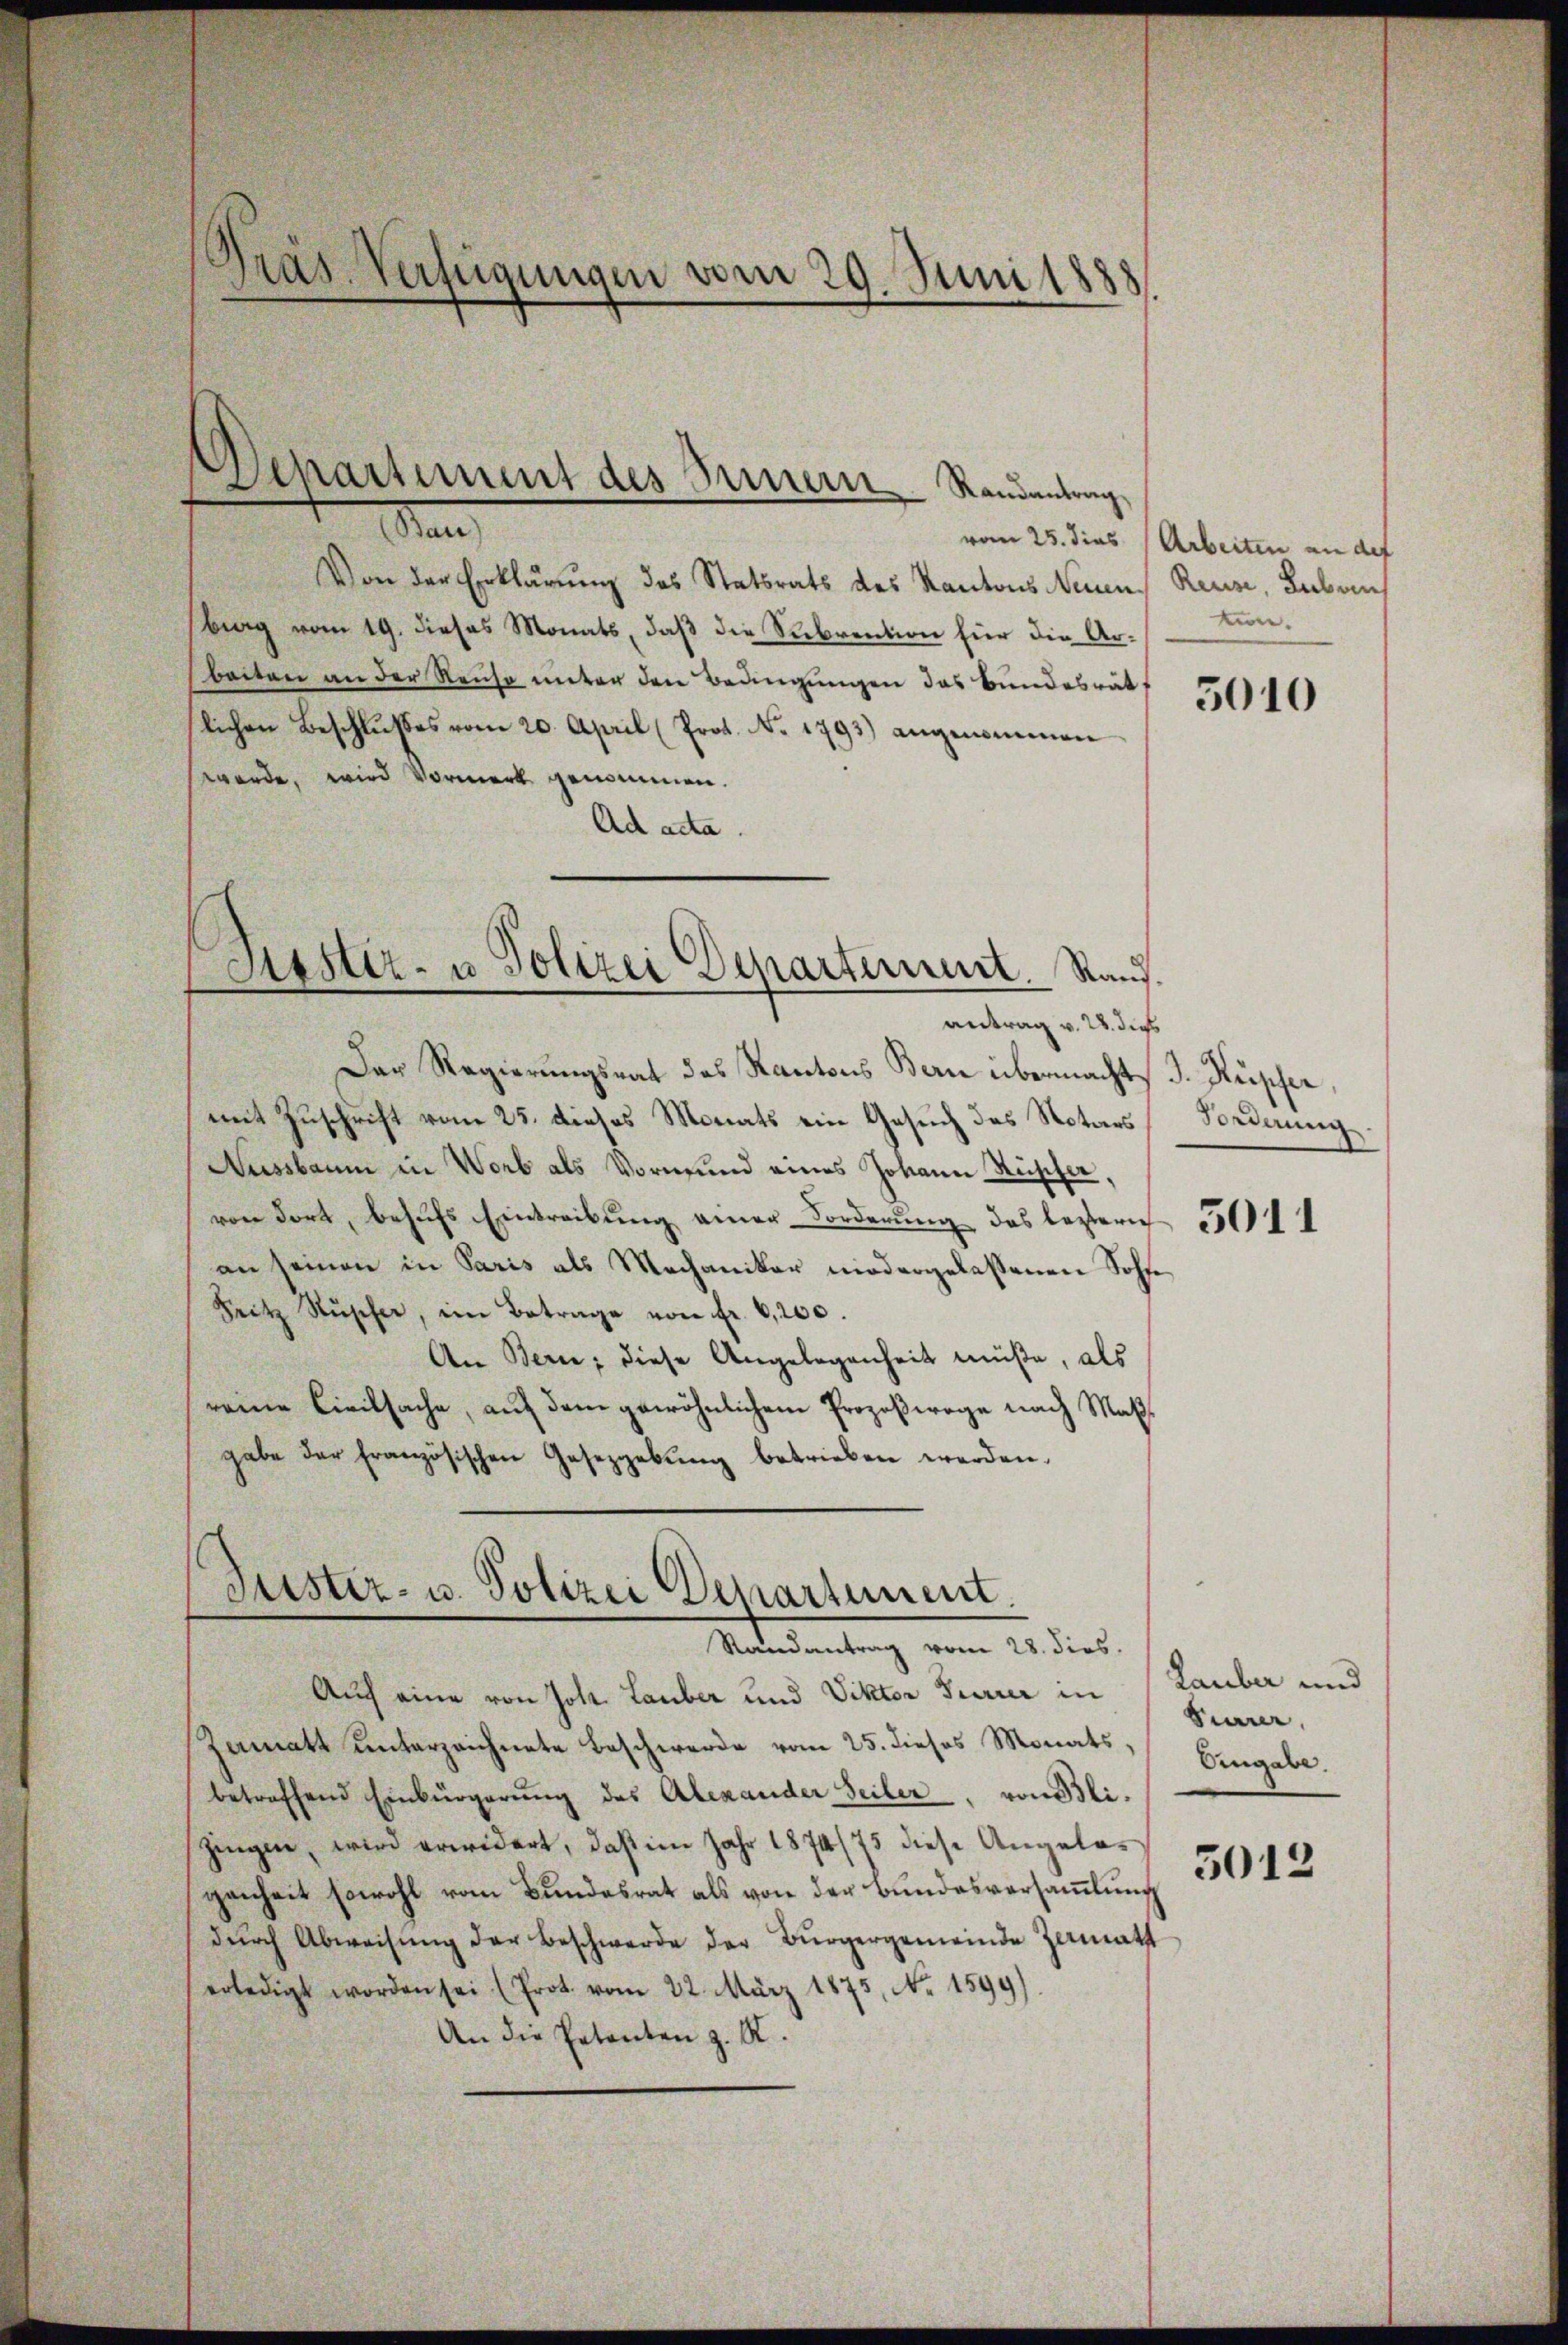
Pras Verfügungen vom 29. Juni 1888

partiment des Innern Randantrag

Syster- u Polizei Departement. Raud.
antrag v. 28. dies

dien
Von der Erklärung des Statsrats des Kantons Neuenbrag vom 19. dieses Monats, daß die Subvention für die Arbeiten an der Reuso unter den Bedingungen das Bundesrät
lichen Beschlŭsses vom 20. April (Prot. No. 1793) angenommen
werde, wird Vormerk genommen.
Ad acta.
Der Regierungsrat des Kantons Bern übermacht d. Kupfer,
mit Zuschrift vom 25. dieses Monats ein Gesuch das Notars
Aussbaum in Worb als Vormund eines Johann Rüscher
von dort, behŭfs Eintreibŭng einer Forderŭng des leztern 1001 1
an seinen in Paris als Mechaniker niedergelesenen Sohne
Fritz Rüscher, im Betrage von fr. 6,200.
An Berne; diese Angelegenheit müße, als
reine Civilsache, auf dem gewöhnlichem Prozeßwege nach Maßgabe der französischen Gesetzgebung betrieben werden.

Justiz- u. Polizei Departement.
Randantrag vom 28. dies.

vom 25. dies (Arbeiten an der
Reuse, Lubruch
tun.

Auf eine von Joh. Lauber und Viktor Furrer in
Zamatt unterzeichnete Beschwerde vom 25. dieses Monats,
betreffend Einbürgerŭng des Alexander Seiter, von Blizingen, wird erwidert, daß im Jahr 1874/75 diese Angelagenheit sowohl vom Bundesrat als von der Bundesversammlung
dŭrch Abweisung der Beschwerde der Bürgergemeinde Heimath
erledigt worden sei (Prot. vom 22. März 1875, Nr. 1599)
An die Petenten z. R.

5010

Forderung.

Lauber und
Siarer,
Eingabe.
5012